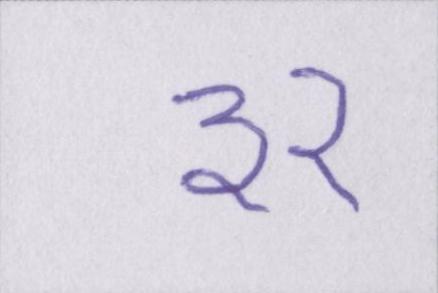
३२